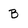
Character: B